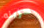
حزينه